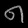
Digit: ၈